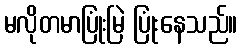
မလိုတမာပြုံးမြဲ ပြုံးနေသည်။